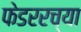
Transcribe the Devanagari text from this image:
फेडररच्या